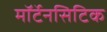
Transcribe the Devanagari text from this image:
मॉर्टेनसिटिक